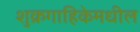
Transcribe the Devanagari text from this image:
शुक्रगाहिकेमधील